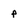
Character: p